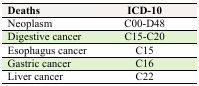
<table><thead><tr><td><b>Deaths</b></td><td><b>ICD-10</b></td></tr></thead><tbody><tr><td>Neoplasm</td><td>C00-D48</td></tr><tr><td>Digestive cancer</td><td>C15-C20</td></tr><tr><td>Esophagus cancer</td><td>C15</td></tr><tr><td>Gastric cancer</td><td>C16</td></tr><tr><td>Liver cancer</td><td>C22</td></tr></tbody></table>